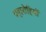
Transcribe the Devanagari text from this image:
पहारोहियों